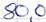
Text: 80,0